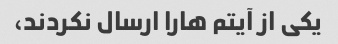
یکی از آیتم هارا ارسال نکردند،